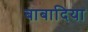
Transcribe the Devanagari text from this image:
बाबादिया